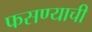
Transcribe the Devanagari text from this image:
फसण्याची